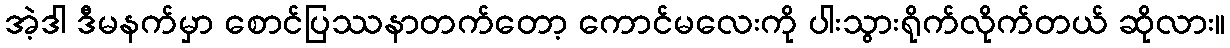
အဲ့ဒါ ဒီမနက်မှာ စောင်ပြဿနာတက်တော့ ကောင်မလေးကို ပါးသွားရိုက်လိုက်တယ် ဆိုလား။